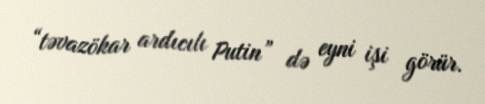
“təvazökar ardıcılı Putin” də eyni işi görür.